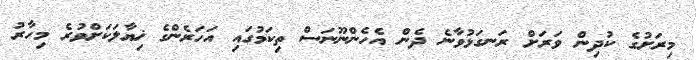
މިރަށުގެ ކުދިން ވަރަށް ރަނގަޅުވާނެ ދެން އެހެންނޫނަސް ތިކަމުގައި އަހަރެންގެ ޚިޔާލަކަށްވުރެ މިހާރު